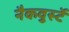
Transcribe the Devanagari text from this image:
नैकवुर्स्टे